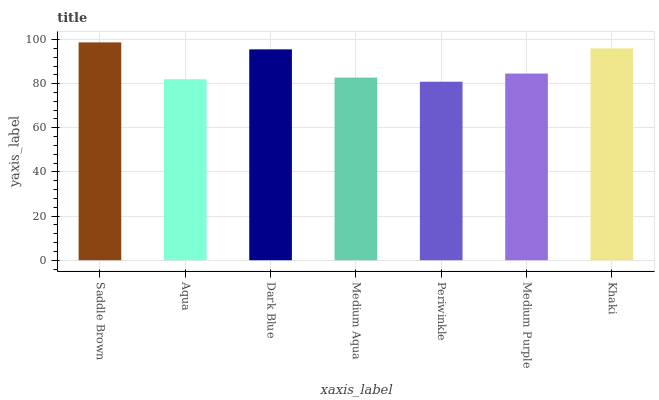
| xaxis_label | bars |
 | --- | --- |
 | Saddle Brown | 98.7 |
 | Aqua | 82 |
 | Dark Blue | 95.5 |
 | Medium Aqua | 82.8 |
 | Periwinkle | 80.9 |
 | Medium Purple | 84.6 |
 | Khaki | 96 |